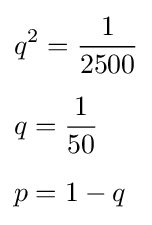
{\begin{aligned}&q^{2}={\frac {1}{2500}}\\[5pt]&q={\frac {1}{50}}\\[5pt]&p=1-q\end{aligned}}